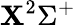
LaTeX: \mathbf{X}^{2}\Sigma^{+}